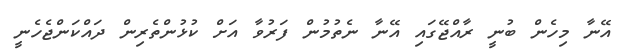
އޭނާ މިހެން ބުނީ ރާއްޖޭގައި އޭނާ ނެތުމުން ފަރުވާ އަށް ކުޅުންތެރިން ދައްކަންޖެހެނީ